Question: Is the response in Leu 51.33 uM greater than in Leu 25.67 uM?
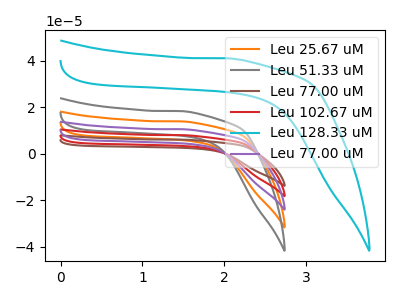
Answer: <think>The orange curve "Leu 25.67 uM" has no peaks. The gray curve "Leu 51.33 uM" has no peaks. The brown curve "Leu 77.00 uM" has no peaks. The red curve "Leu 102.67 uM" has no peaks. The cyan curve "Leu 128.33 uM" has no peaks. The purple curve "Leu 77.00 uM" has no peaks.
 Neither "Leu 51.33 uM" or "Leu 25.67 uM" have any peaks.</think>
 <answer>I cant tell if "Leu 51.33 uM" or "Leu 25.67 uM" has more signal.</answer>
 <eval>mixed_signal</eval>